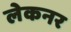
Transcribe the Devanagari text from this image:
लेकनर